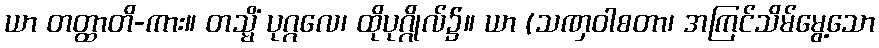
ယာ တတ္ထာတိ-ကား။ တသ္မိံ ပုဂ္ဂလေ၊ ထိုပုဂ္ဂိုလ်၌။ ယာ (သဏှဝါစတာ၊ အကြင်သိမ်မွေ့သော